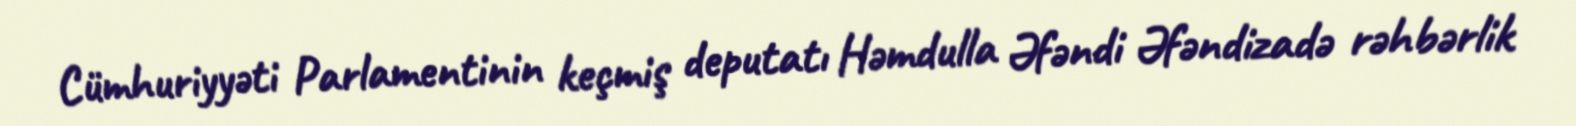
Cümhuriyyəti Parlamentinin keçmiş deputatı Həmdulla Əfəndi Əfəndizadə rəhbərlik